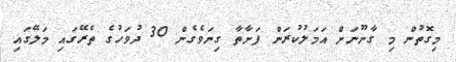
މިގޮތުން މި ގާނޫނަށް އަމަލުކުރަން ފަށާތާ ގިނަވެގެން 30 ދުވަހުގެ ތެރޭގައި މަލޭގައި